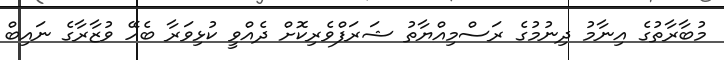
މުބާރާތުގެ އިނާމު ދިނުމުގެ ރަސްމިއްޔާތު ޝަރަފްވެރިކޮށް ދެއްވީ ކުޅިވަރާ ބެހޭ ވުޒާރާގެ ނައިބް